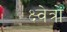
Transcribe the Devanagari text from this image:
क्ष्वेत्रों